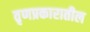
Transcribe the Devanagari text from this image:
तृणप्रकारातील